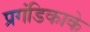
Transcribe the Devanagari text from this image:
प्रगंडिकाके